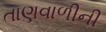
તાણવાળીની